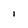
Character: 1